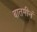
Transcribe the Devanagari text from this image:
बातमीनं